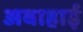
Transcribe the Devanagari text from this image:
अबाहाई